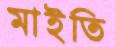
মাইতি